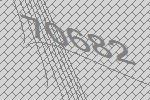
70682